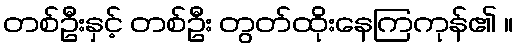
တစ်ဦးနှင့် တစ်ဦး တွတ်ထိုးနေကြကုန်၏ ။